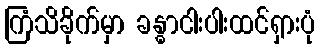
ကြံသိခိုက်မှာ ခန္ဓာငါးပါးထင်ရှားပုံ